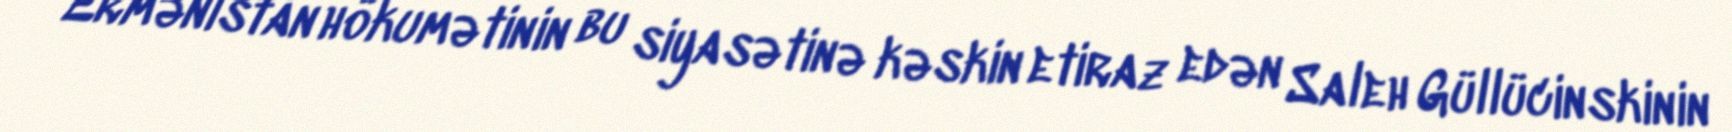
Ermənistan hökumətinin bu siyasətinə kəskin etiraz edən Saleh Güllücinskinin